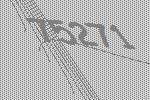
75271